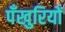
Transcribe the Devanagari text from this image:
पँखुरियों